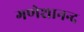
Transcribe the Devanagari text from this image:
गणेशानन्द